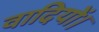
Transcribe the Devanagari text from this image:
वादियों।